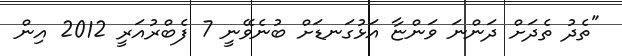
"ތެދު ތެދަށް ދަންނަ ވަންޏާ އަޅުގަނޑަށް ބުނެވޭނީ 7 ފެބްރުއަރީ 2012 އިން